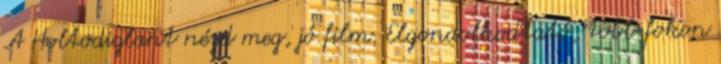
A Holtodiglant nézd meg, jó film. Elgondolkodtató, több fokon